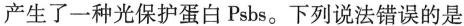
产生了一种光保护蛋白Psbs。下列说法错误的是